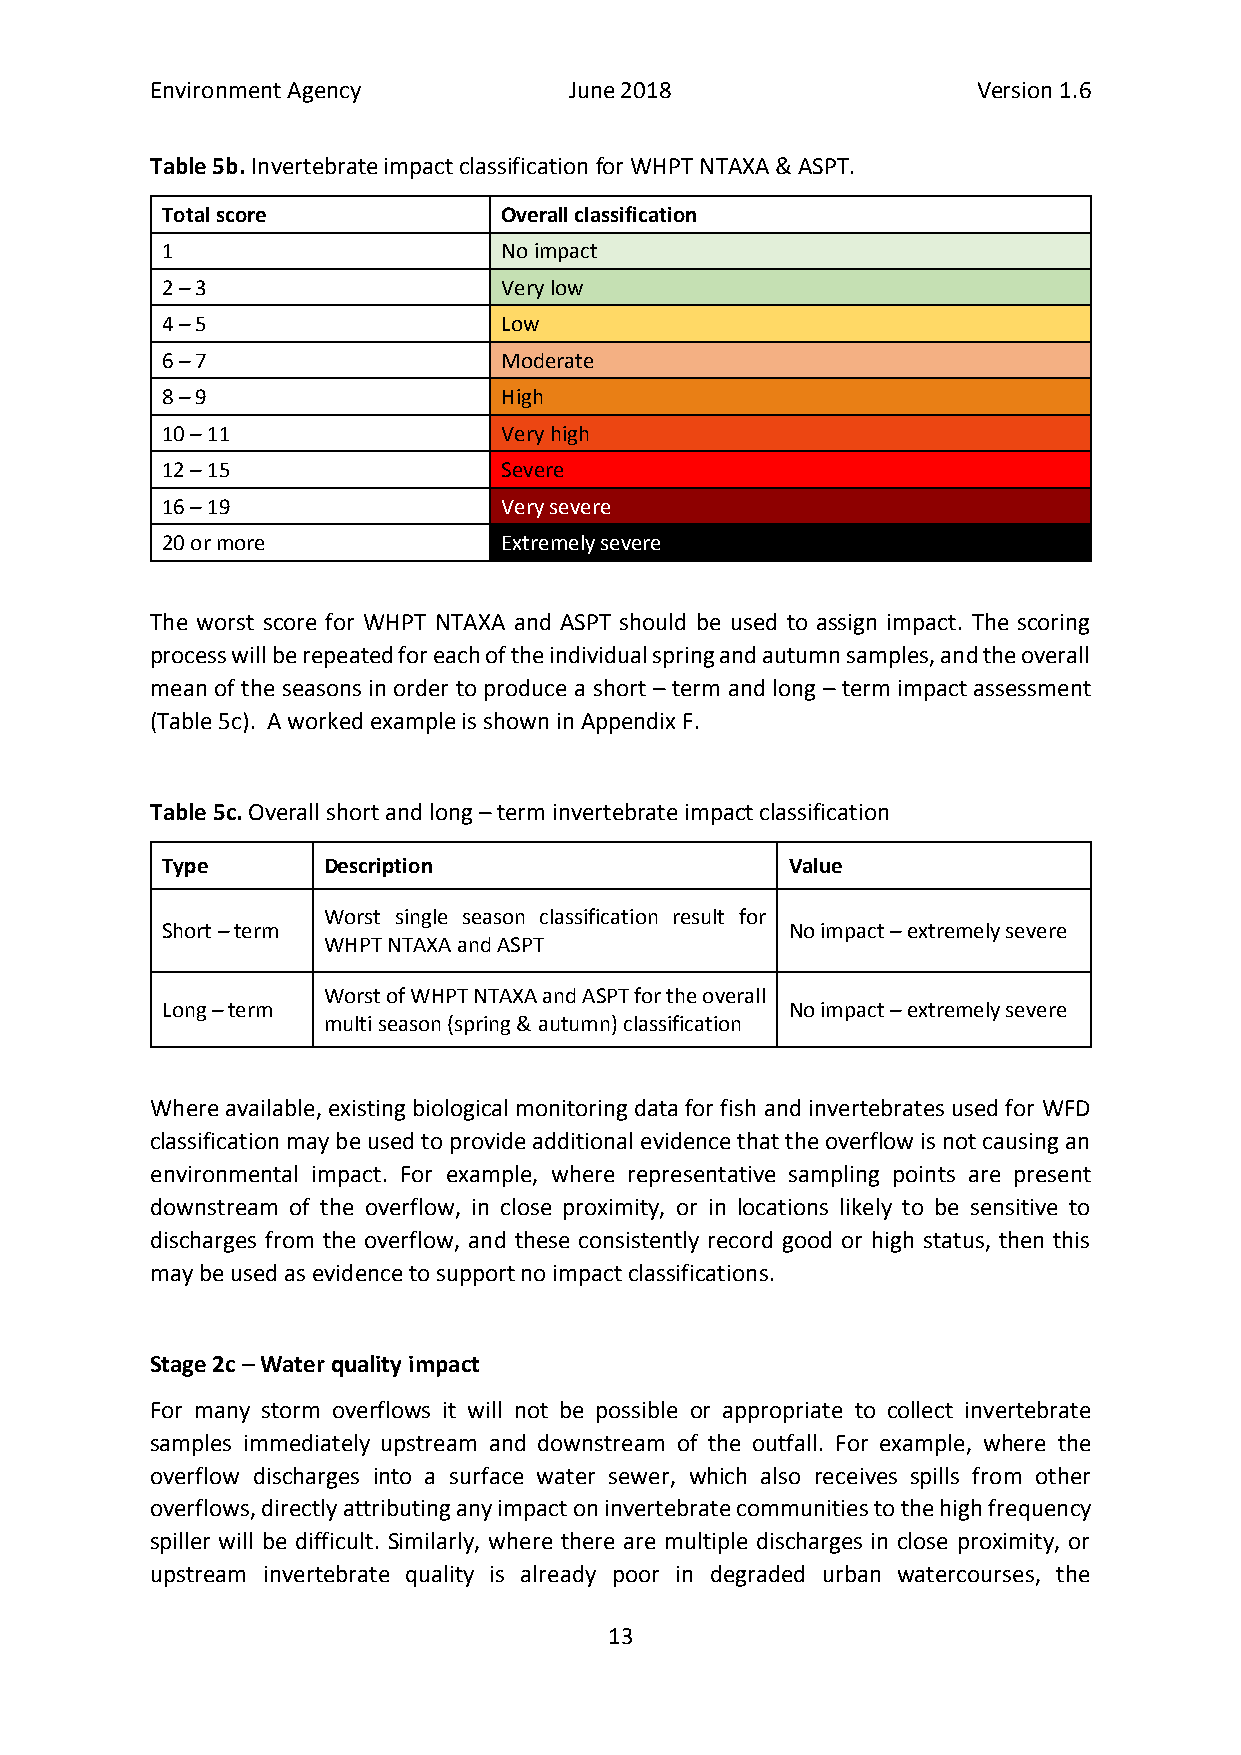
Environment Agency          June 2018                  Version 1.6
 Table 5b. Invertebrate impact classification for WHPT NTAXA & ASPT.
 Total score           Overall classification
 1                     No impact
 2 – 3                 Very low
 4 – 5                 Low
 6 – 7                 Moderate
 8 – 9                 High
 10 – 11               Very high
 12 – 15               Severe
 16 – 19               Very severe
 20 or more            Extremely severe
 The worst score for WHPT NTAXA and ASPT should be used to assign impact. The scoring
 process will be repeated for each of the individual spring and autumn samples, and the overall
 mean of the seasons in order to produce a short – term and long – term impact assessment
 (Table 5c). A worked example is shown in Appendix F.
 Table 5c. Overall short and long – term invertebrate impact classification
 Type      Description                    Value
 Worst single season classification result for
 Short – term                             No impact – extremely severe
 WHPT NTAXA and ASPT
 Worst of WHPT NTAXA and ASPT for the overall
 Long – term                              No impact – extremely severe
 multi season (spring & autumn) classification
 Where available, existing biological monitoring data for fish and invertebrates used for WFD
 classification may be used to provide additional evidence that the overflow is not causing an
 environmental impact. For example, where representative sampling points are present
 downstream of the overflow, in close proximity, or in locations likely to be sensitive to
 discharges from the overflow, and these consistently record good or high status, then this
 may be used as evidence to support no impact classifications.
 Stage 2c – Water quality impact
 For many storm overflows it will not be possible or appropriate to collect invertebrate
 samples immediately upstream and downstream of the outfall. For example, where the
 overflow discharges into a surface water sewer, which also receives spills from other
 overflows, directly attributing any impact on invertebrate communities to the high frequency
 spiller will be difficult. Similarly, where there are multiple discharges in close proximity, or
 upstream invertebrate quality is already poor in degraded urban watercourses, the
 13